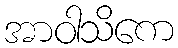
အာဝါသိကေ